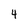
Character: 4